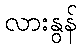
လားနွန်